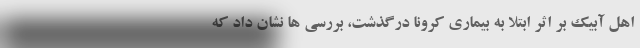
اهل آبیک بر اثر ابتلا به بیماری کرونا درگذشت، بررسی ها نشان داد که